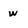
Character: w